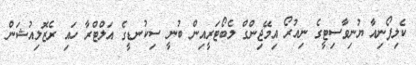
ކެލިފޯނިއާ ޔުނިވާސިޓީގެ ނިއުރޯ އިމޭޖިންގް ލެބޯޓަރީއިން ބުނީ ސިކުނޑީގެ އަލްޓްރާ ހައި ރެޒޮލިއުޝަން